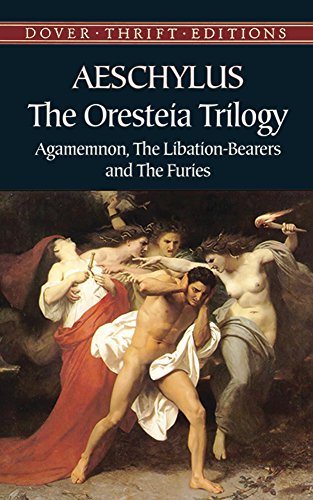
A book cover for The Oresteia Trilogy: Agamemnon, the Libation-Bearers and the Furies; Aeschylus; Literature & Fiction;